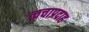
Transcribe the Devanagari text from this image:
त्वचाप्रदाह